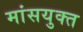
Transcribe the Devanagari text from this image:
मांसयुक्त